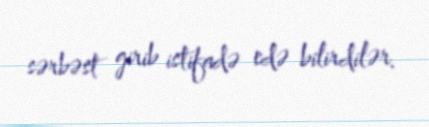
sərbəst girib istifadə edə bilirdilər.